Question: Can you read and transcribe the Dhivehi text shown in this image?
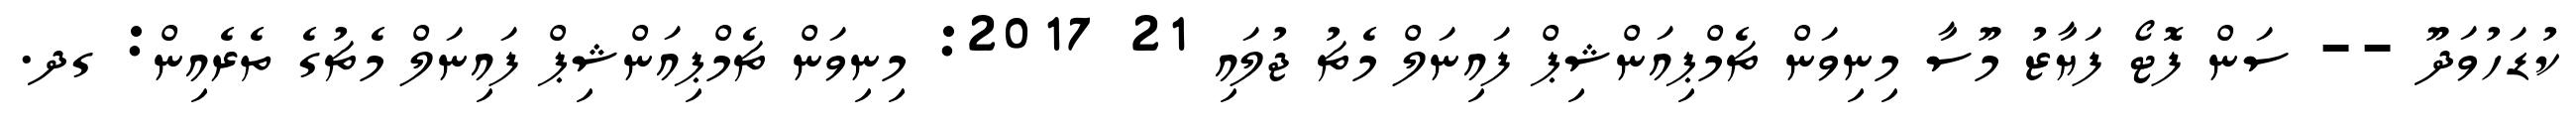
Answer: ކުޑަހުވަދޫ -- ސަން ފޮޓޯ ފަޔާޒު މޫސާ މިނިވަން ޗެމްޕިއަންޝިޕް ފައިނަލް މެޗު ޖުލައި 21 2017: މިނިވަން ޗެމްޕިއަންޝިޕް ފައިނަލް މެޗުގެ ތެރެއިން: ގދ.